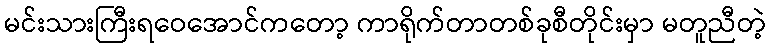
မင်းသားကြီးရဝေအောင်ကတော့ ကာရိုက်တာတစ်ခုစီတိုင်းမှာ မတူညီတဲ့